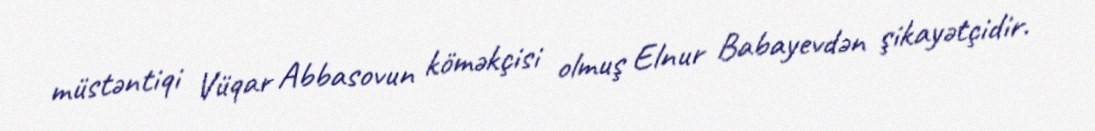
müstəntiqi Vüqar Abbasovun köməkçisi olmuş Elnur Babayevdən şikayətçidir.